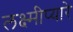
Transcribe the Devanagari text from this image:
लक्ष्मीप्यारे